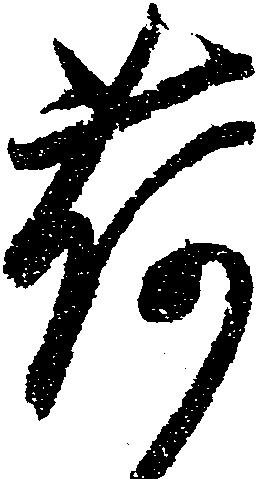
荷